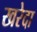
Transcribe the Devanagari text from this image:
खरेदा